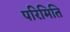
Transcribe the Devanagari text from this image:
परिमिति